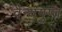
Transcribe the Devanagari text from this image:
वैन्यगुप्त